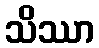
သိဿာ